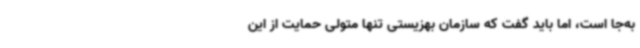
به‌جا است، اما باید گفت که سازمان بهزیستی تنها متولی حمایت از این